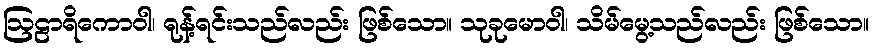
ဩဠာရိကောဝါ၊ ရုန့်ရင်းသည်လည်း ဖြစ်သော။ သုခုမောဝါ၊ သိမ်မွေ့သည်လည်း ဖြစ်သော။